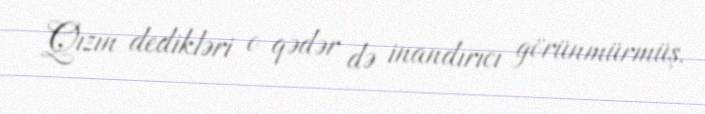
Qızın dedikləri o qədər də inandırıcı görünmürmüş.